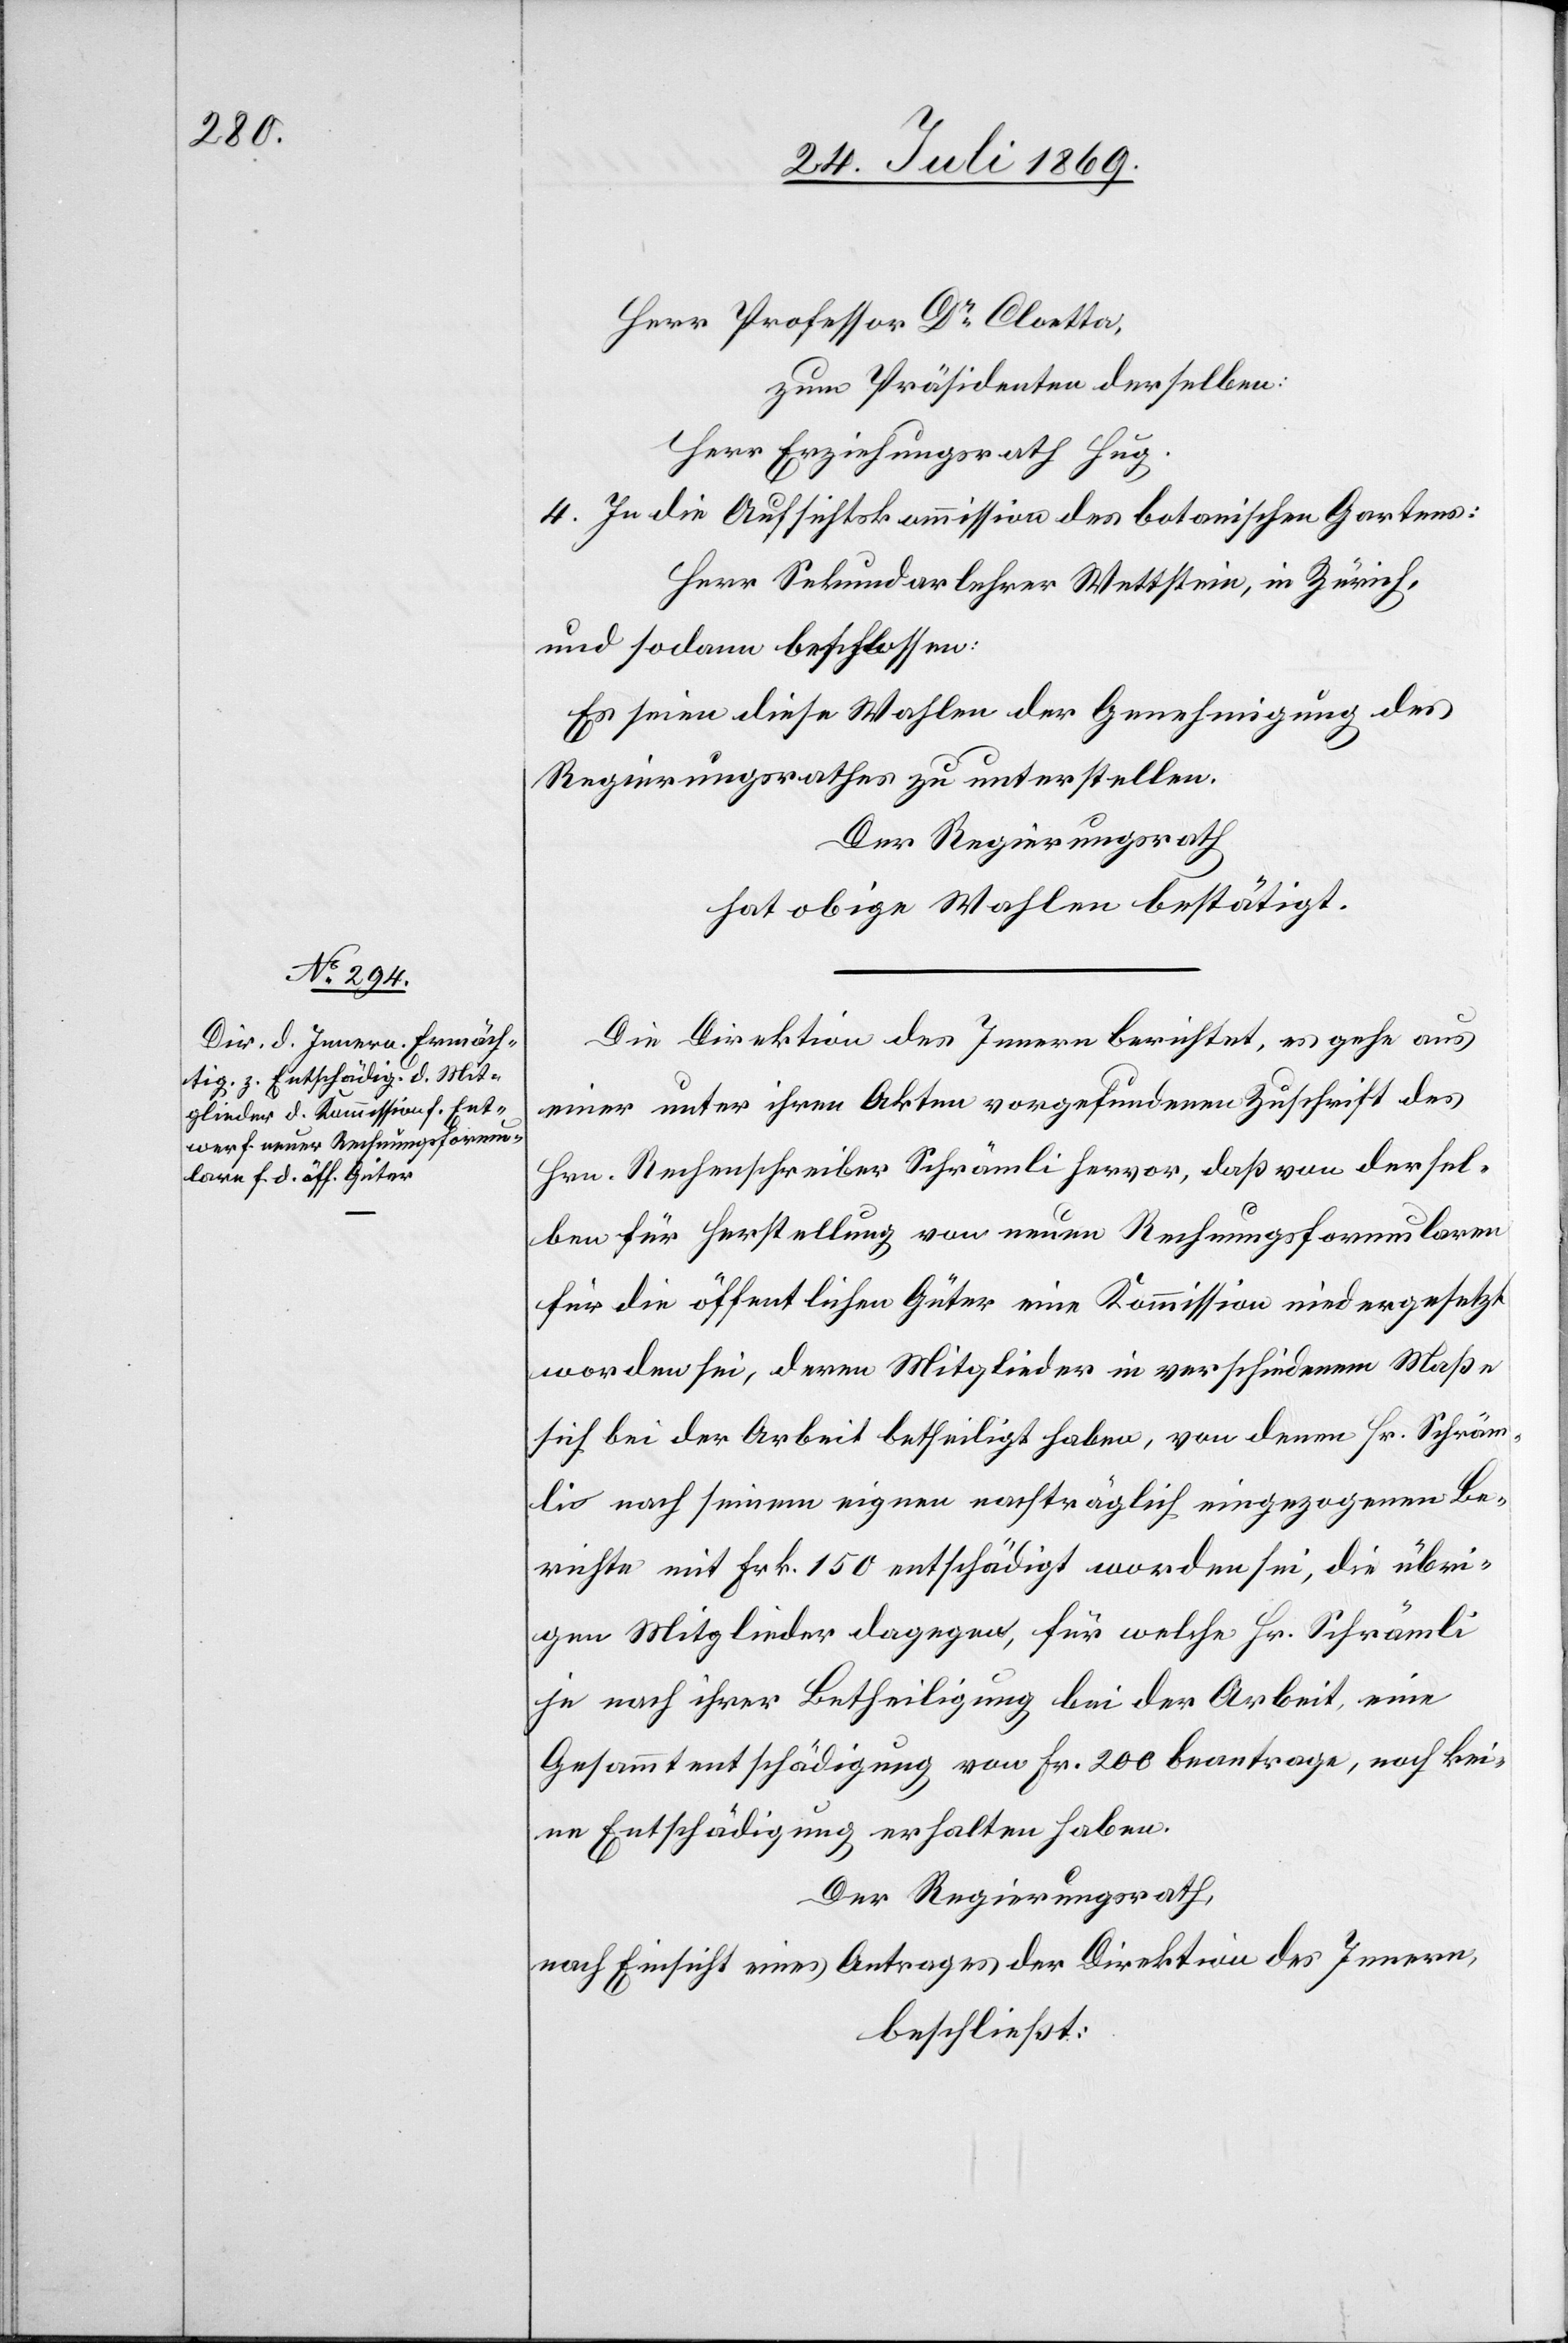
Herr Professor Dr Cloetta,
zum Präsidenten desselben:
Herr Erziehungsrath Hug.
4. In die Aufsichtskommission des botanischen Gartens:
Herr Sekundarlehrer Wettstein, in Zürich,
und sodann beschlossen:
Es seien diese Wahlen der Genehmigung des
Regierungsrathes zu unterstellen.
Der Regierungsrath
hat obige Wahlen bestätigt.
Die Direktion des Innern berichtet, es gehe aus
einer unter ihren Akten vorgefundenen Zuschrift des
Hrn. Rechenschreiber Schrämli hervor, daß von dersel¬
ben für Herstellung von neuen Rechnungsformularen
für die öffentlichen Güter eine Kommission niedergesetzt
worden sei, deren Mitglieder in verschiedenem Maße
sich bei der Arbeit betheiligt haben, von denen Hr. Schräm¬
li nach seinem eignen nachträglich eingezogenen Be¬
richte mit Frk. 150 entschädigt worden sei, die übri¬
gen Mitglieder dagegen, für welche Hr. Schrämli
je nach ihrer Betheiligung bei der Arbeit eine
Gesammtentschädigung von Fr. 200 beantrage, noch kei¬
ne Entschädigung erhalten haben.
Der Regierungsrath,
nach Einsicht eines Antrages der Direktion des Innern,
beschließt: